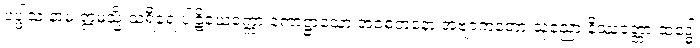
ပပ္ဖါသံ နာမ ဣမသ္မိံ သရီရေ ပါဋိယေက္ကော ကောဋ္ဌာသော အစေတနော အဗျာကတော သုညော နိဿတ္တော ထဒ္ဓေါ